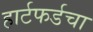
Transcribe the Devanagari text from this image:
हार्टफर्डचा